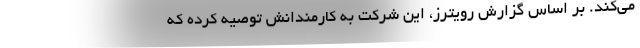
می‌کند. بر اساس گزارش رویترز، این شرکت به کارمندانش توصیه کرده که